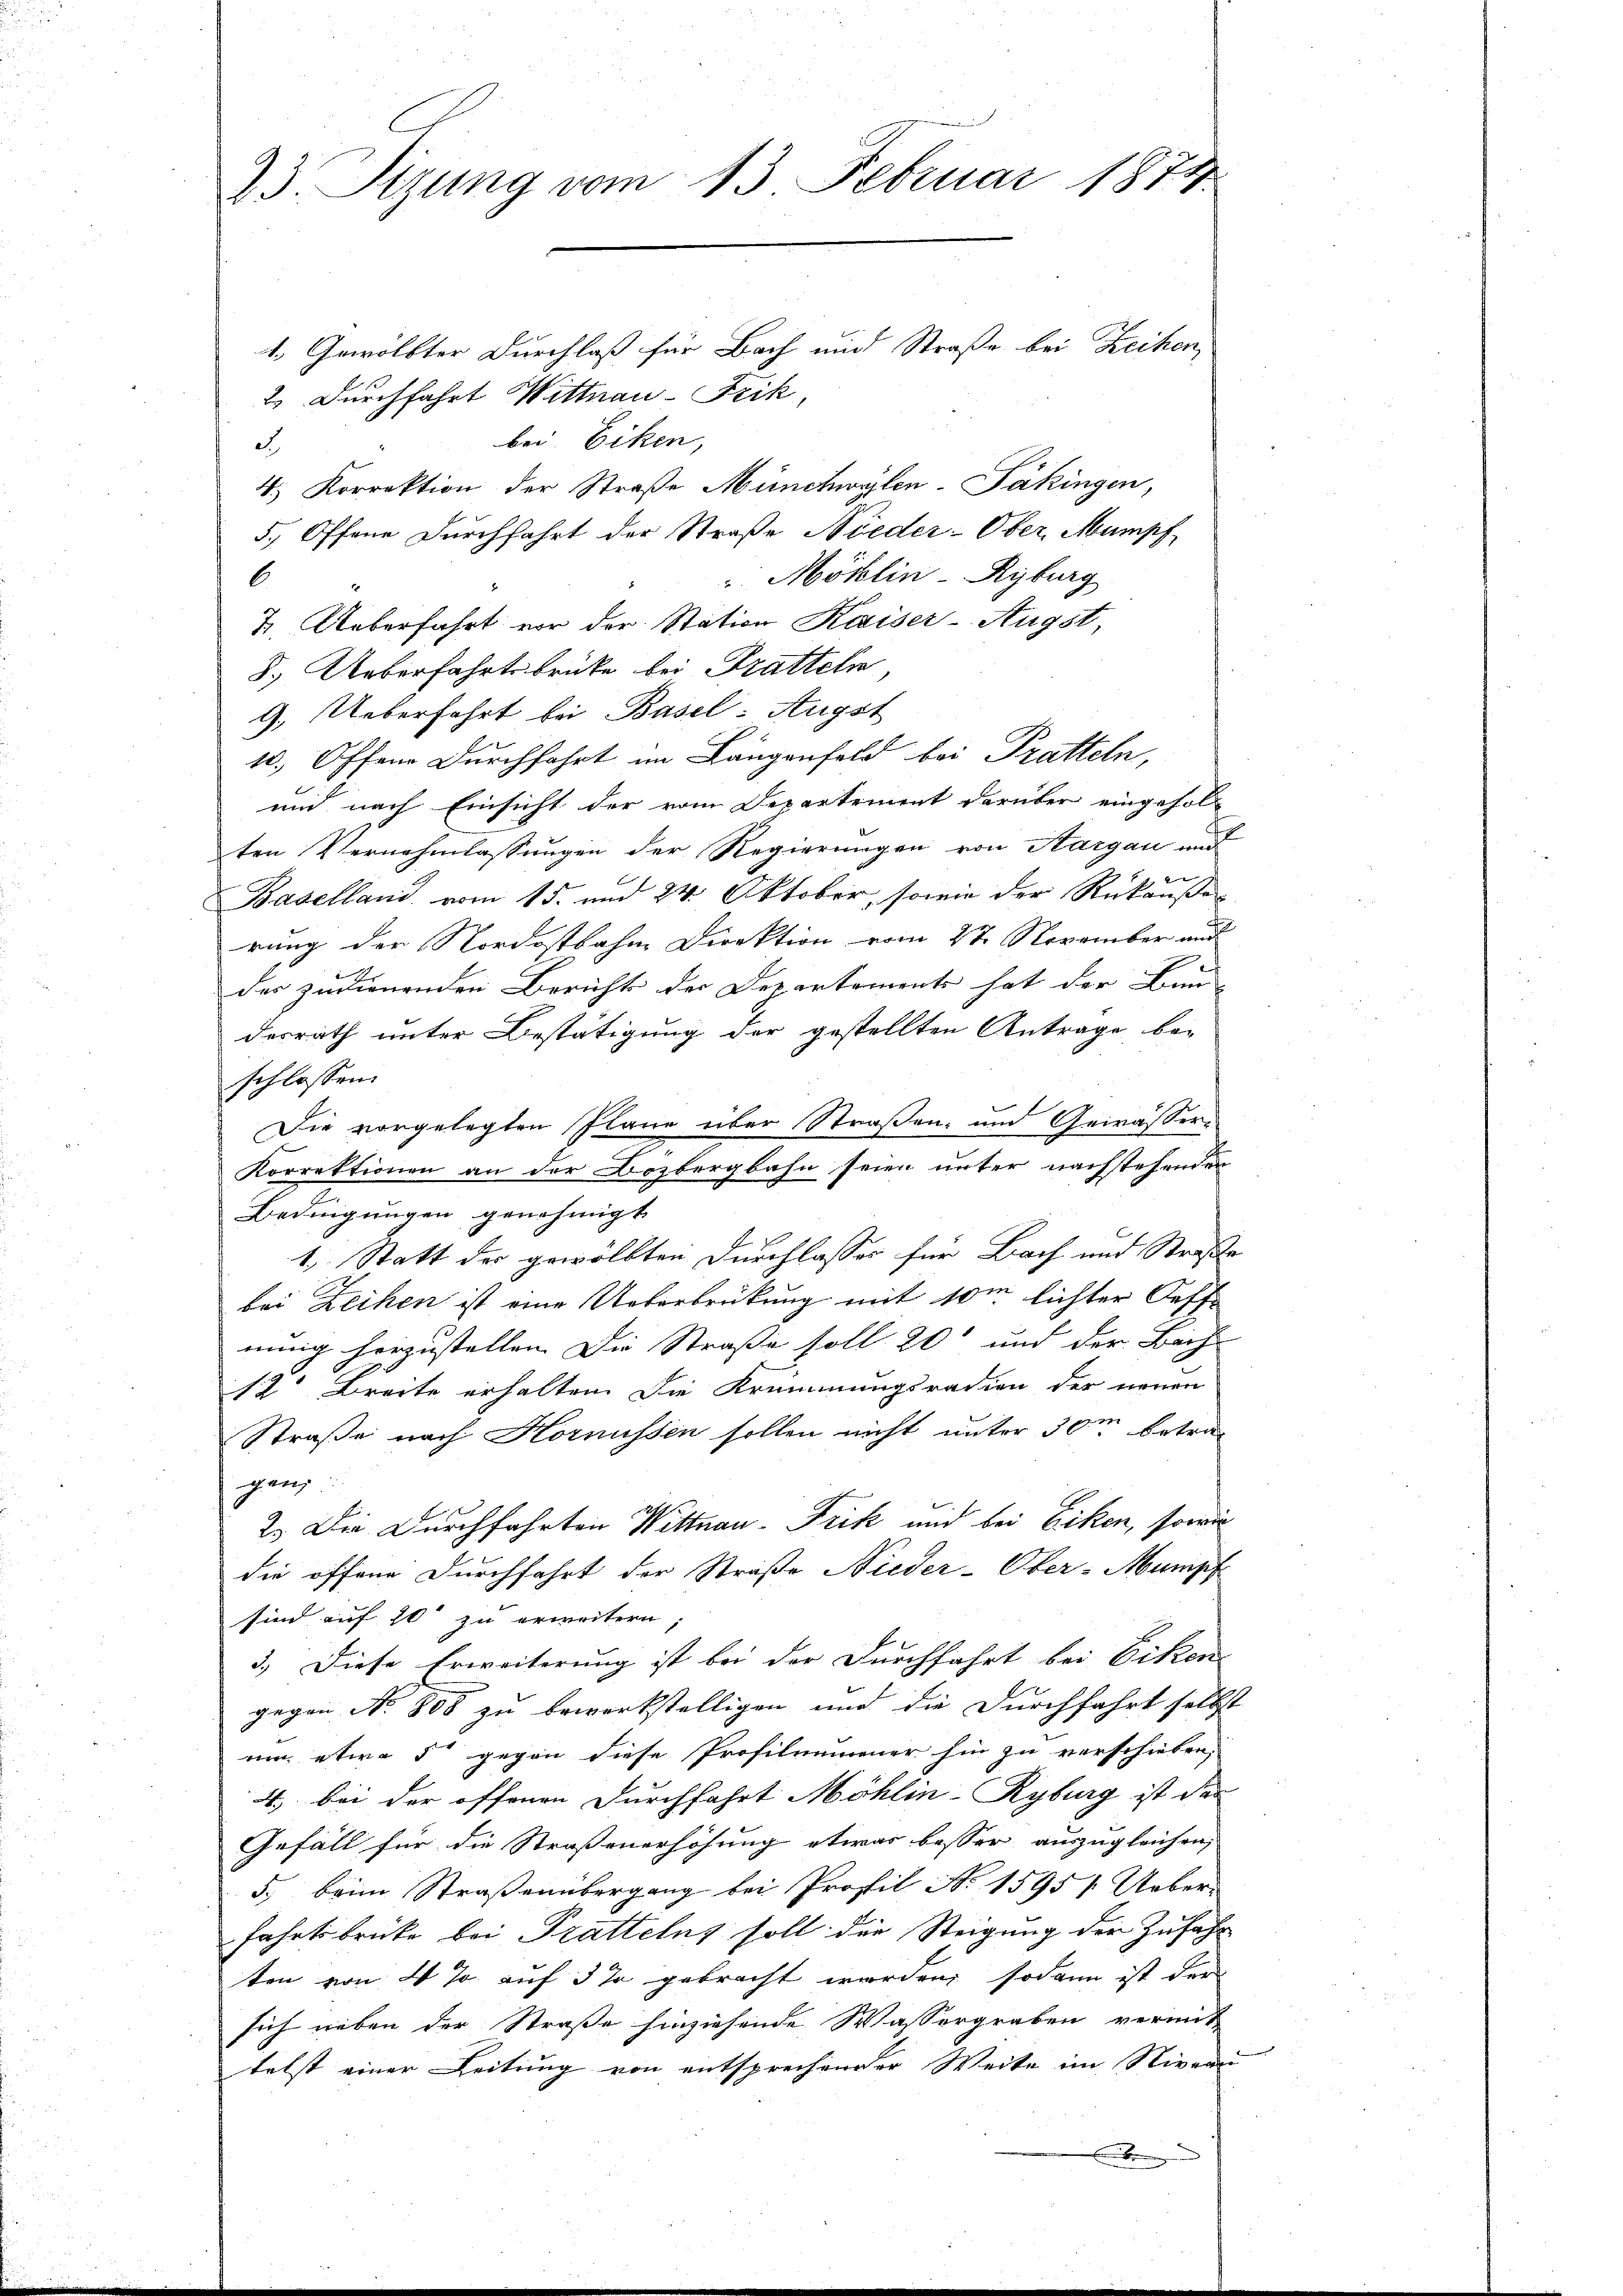
bei. Eiken,
3.
4. Korrektion der Straße Münchwylen-Päkingen,
5. Offene Durchfahrt der Straße Nieder-Ober, Mumpf
Möhlin Kyburg
6
2. Ueberfahrt vor der Station Kaiser-Augst,
8.) Ueberfahrtsbrücke bei Tratteln
9.) Ueberfahrt bei Basel: Augst
10. Offene Durchfahrt im Längenfeld bei Pratteln,
und nach Einsicht der vom Departement darüber eingefol-
ten Vernehmlassungen der Regierungen von Aargau und
e
e
Baselland, vom 15. und 24. Oktober, sowie der Rükaußer
rung der Nordostbahne Direktion vom 27. November und
der zudienenden Bericht der Departements hat der Bun-
desrath unter Bestätigung der gestellten Antrage be-
schlossen:
Die vorgelegten Pläne über Straßen- und Gewässer¬
Korrektionen an der Bozbergbahn seien unter nachstehenden
Bedingungen genehmigt
1. Statt der gewölbten Durchlasses für Bach und Strafe
bei Leihen ist eine Ueberbrückung mit 10m lichter Oeff
nung herzustellen. Die Straße soll 20 und der Bach
12 Breite erhalten. Die Krümmungsradien der neuen
Straße nach Hornüssen sollen nicht unter 30m betragen.
2.) Die Durchfahrten Wittnau-Frik und bei Eiken, sowie
die offene Durchfahrt der Straße Nieder-Ober-Mumpf
sind auf 20 zu erweitern;
3.) Diese Erweiterung ist bei der Durchfahrt bei Eiken
gegen No. 808 zu bewerkstelligen und die Durchfahrt selbst
um, etwa 5 gegen diese Profilemmener hin zu verschieben,
4. bei der offenen Durchfahrt Möhlin-Ryburg ist das
Gefäll für die Straßenerhöhung etwas besser auszugleichen,
5., beim Straßenübergang bei Profil No 1595 f. Ueber
fahrtsbrücke bei Prattelns soll die Steigung der Zufahr
ten von 4 J. auf 5 % gebracht werden, sodann ist der
sich neben der Straße hinziehende Wassergraben vermit
telst einer Leitung von entsprechender Weite im Niveau
b

23. Sizung vom 13. Februar 1874
1. Gewölbter Durchlaß für Bach und Straße bei Reihen
2.) Durchfahrt Wittnau-Frik